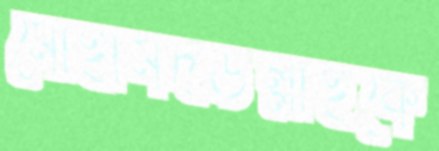
মোহামদউল্লাহকে